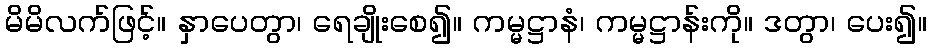
မိမိလက်ဖြင့်။ နှာပေတွာ၊ ရေချိုးစေ၍။ ကမ္မဋ္ဌာနံ၊ ကမ္မဋ္ဌာန်းကို။ ဒတွာ၊ ပေး၍။